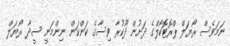
ނަމަވެސް ރޯޔަލް ޕްރޮޓޮކޯލްގެ ދަށުން ދޫކުރާ ވިސާގެ ކަންކަން ނިންމަނީ ސީދާ ރޯޔަލް